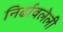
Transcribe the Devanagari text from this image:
निर्ढावलेली